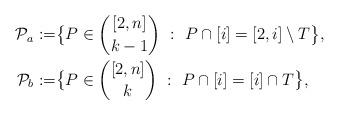
LaTeX: \begin{align*}\mathcal P_a:=&\big\{P\in {[2,n]\choose k-1}\ :\ P\cap [i] = [2,i]\setminus T\big\},\\\mathcal P_b:=&\big\{P\in {[2,n]\choose k}\ :\ P\cap [i] = [i]\cap T\big\},\end{align*}